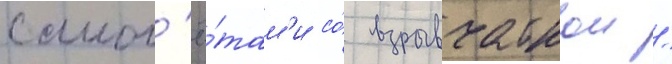
самол'ё́там'и со́ взрывчаткои /